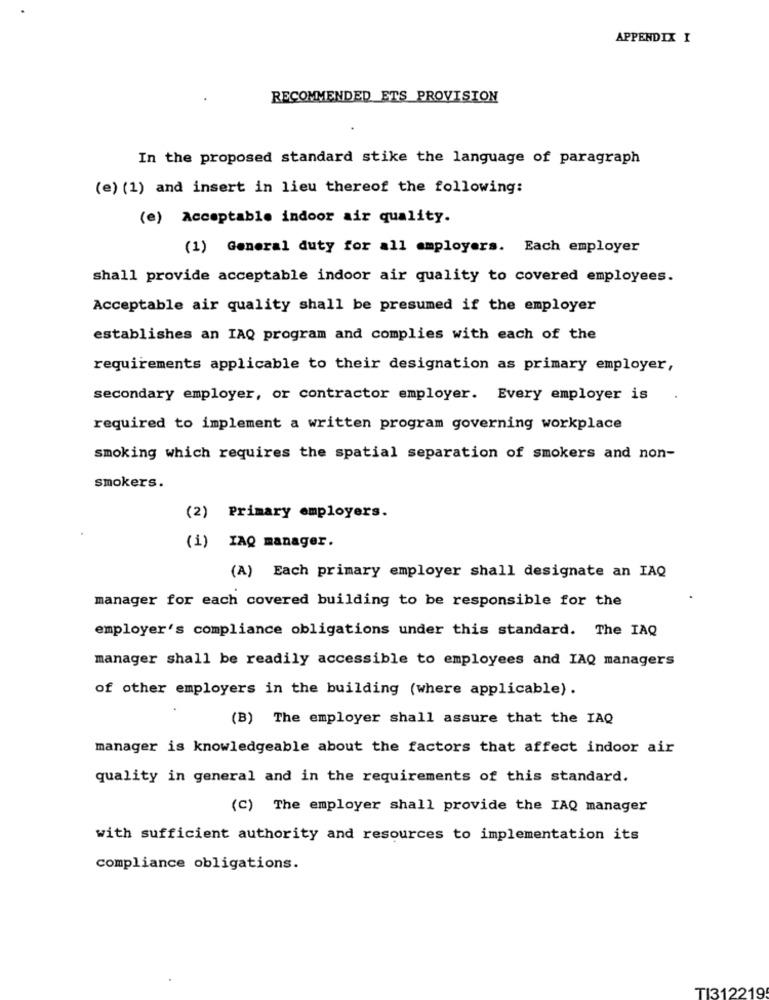
APPENDIX I
RECOMMENDED ETS_PROVISION
In the proposed standard stike the language of paragraph
(e) (1) and insert in lieu thereof the following:
(e) Acceptable indoor air quality.
(1) General duty for all employers. Each employer
shall provide acceptable indoor air quality to covered employees.
Acceptable air quality shall be presumed if the employer
establishes an IAQ program and complies with each of the
requirements applicable to their designation as primary employer,
secondary employer, or contractor employer. Every employer is
required to implement a written program governing workplace
smoking which requires the spatial separation of smokers and non-
smokers.
(2) Primary employers.
(i) IAQ manager.
(A) Each primary employer shall designate an IAQ
manager for each covered building to be responsible for the
employer's compliance obligations under this standard. The IAQ
manager shall be readily accessible to employees and IAQ managers
of other employers in the building (where applicable) .
(B) The employer shall assure that the IAQ
manager is knowledgeable about the factors that affect indoor air
quality in general and in the requirements of this standard.
(C) The employer shall provide the IAQ manager
with sufficient authority and resources to implementation its
compliance obligations.
TI312219